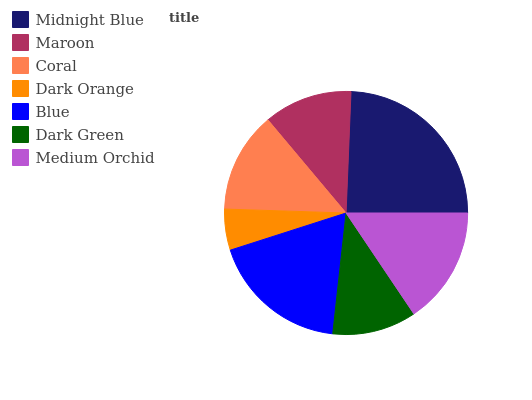
| Midnight Blue | Maroon | Coral | Dark Orange | Blue | Dark Green | Medium Orchid |
 | --- | --- | --- | --- | --- | --- | --- |
 | 24.4% | 11.8% | 13.4% | 5.46% | 18.3% | 11.2% | 15.6% |